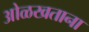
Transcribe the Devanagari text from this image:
ओळखताना